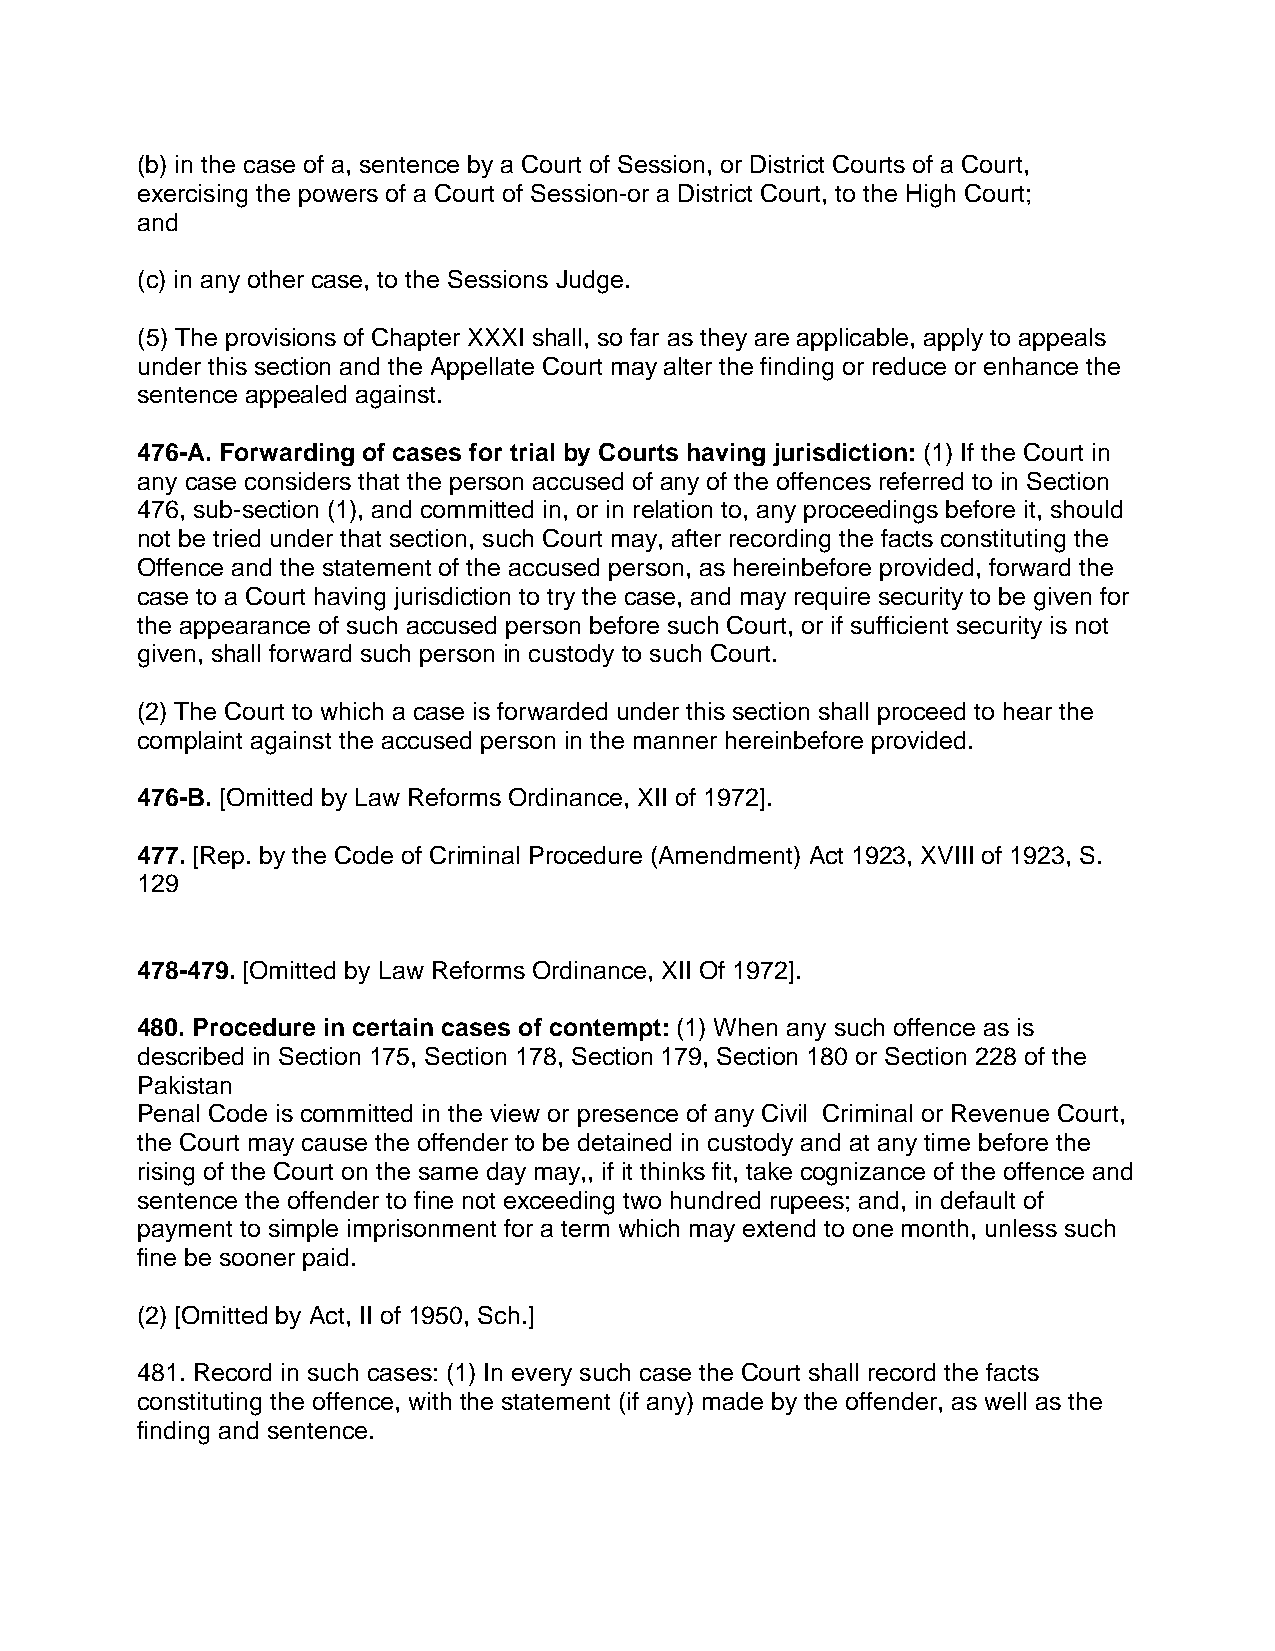
(b) in the case of a, sentence by a Court of Session, or District Courts of a Court,
 exercising the powers of a Court of Session-or a District Court, to the High Court;
 and
 (c) in any other case, to the Sessions Judge.
 (5) The provisions of Chapter XXXI shall, so far as they are applicable, apply to appeals
 under this section and the Appellate Court may alter the finding or reduce or enhance the
 sentence appealed against.
 476-A. Forwarding of cases for trial by Courts having jurisdiction: (1) If the Court in
 any case considers that the person accused of any of the offences referred to in Section
 476, sub-section (1), and committed in, or in relation to, any proceedings before it, should
 not be tried under that section, such Court may, after recording the facts constituting the
 Offence and the statement of the accused person, as hereinbefore provided, forward the
 case to a Court having jurisdiction to try the case, and may require security to be given for
 the appearance of such accused person before such Court, or if sufficient security is not
 given, shall forward such person in custody to such Court.
 (2) The Court to which a case is forwarded under this section shall proceed to hear the
 complaint against the accused person in the manner hereinbefore provided.
 476-B. [Omitted by Law Reforms Ordinance, XII of 1972].
 477. [Rep. by the Code of Criminal Procedure (Amendment) Act 1923, XVIII of 1923, S.
 129
 478-479. [Omitted by Law Reforms Ordinance, XII Of 1972].
 480. Procedure in certain cases of contempt: (1) When any such offence as is
 described in Section 175, Section 178, Section 179, Section 180 or Section 228 of the
 Pakistan
 Penal Code is committed in the view or presence of any Civil Criminal or Revenue Court,
 the Court may cause the offender to be detained in custody and at any time before the
 rising of the Court on the same day may,, if it thinks fit, take cognizance of the offence and
 sentence the offender to fine not exceeding two hundred rupees; and, in default of
 payment to simple imprisonment for a term which may extend to one month, unless such
 fine be sooner paid.
 (2) [Omitted by Act, II of 1950, Sch.]
 481. Record in such cases: (1) In every such case the Court shall record the facts
 constituting the offence, with the statement (if any) made by the offender, as well as the
 finding and sentence.